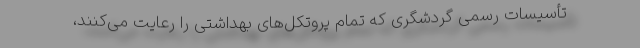
تأسیسات رسمی گردشگری که تمام پروتکل‌های بهداشتی را رعایت می‌کنند،